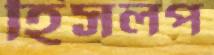
হিসলপ